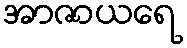
အာဇာယရေ